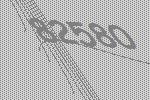
82580